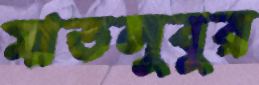
মাতলুবুর